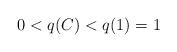
LaTeX: \begin{align*}0 < q(C) < q(1) = 1\end{align*}